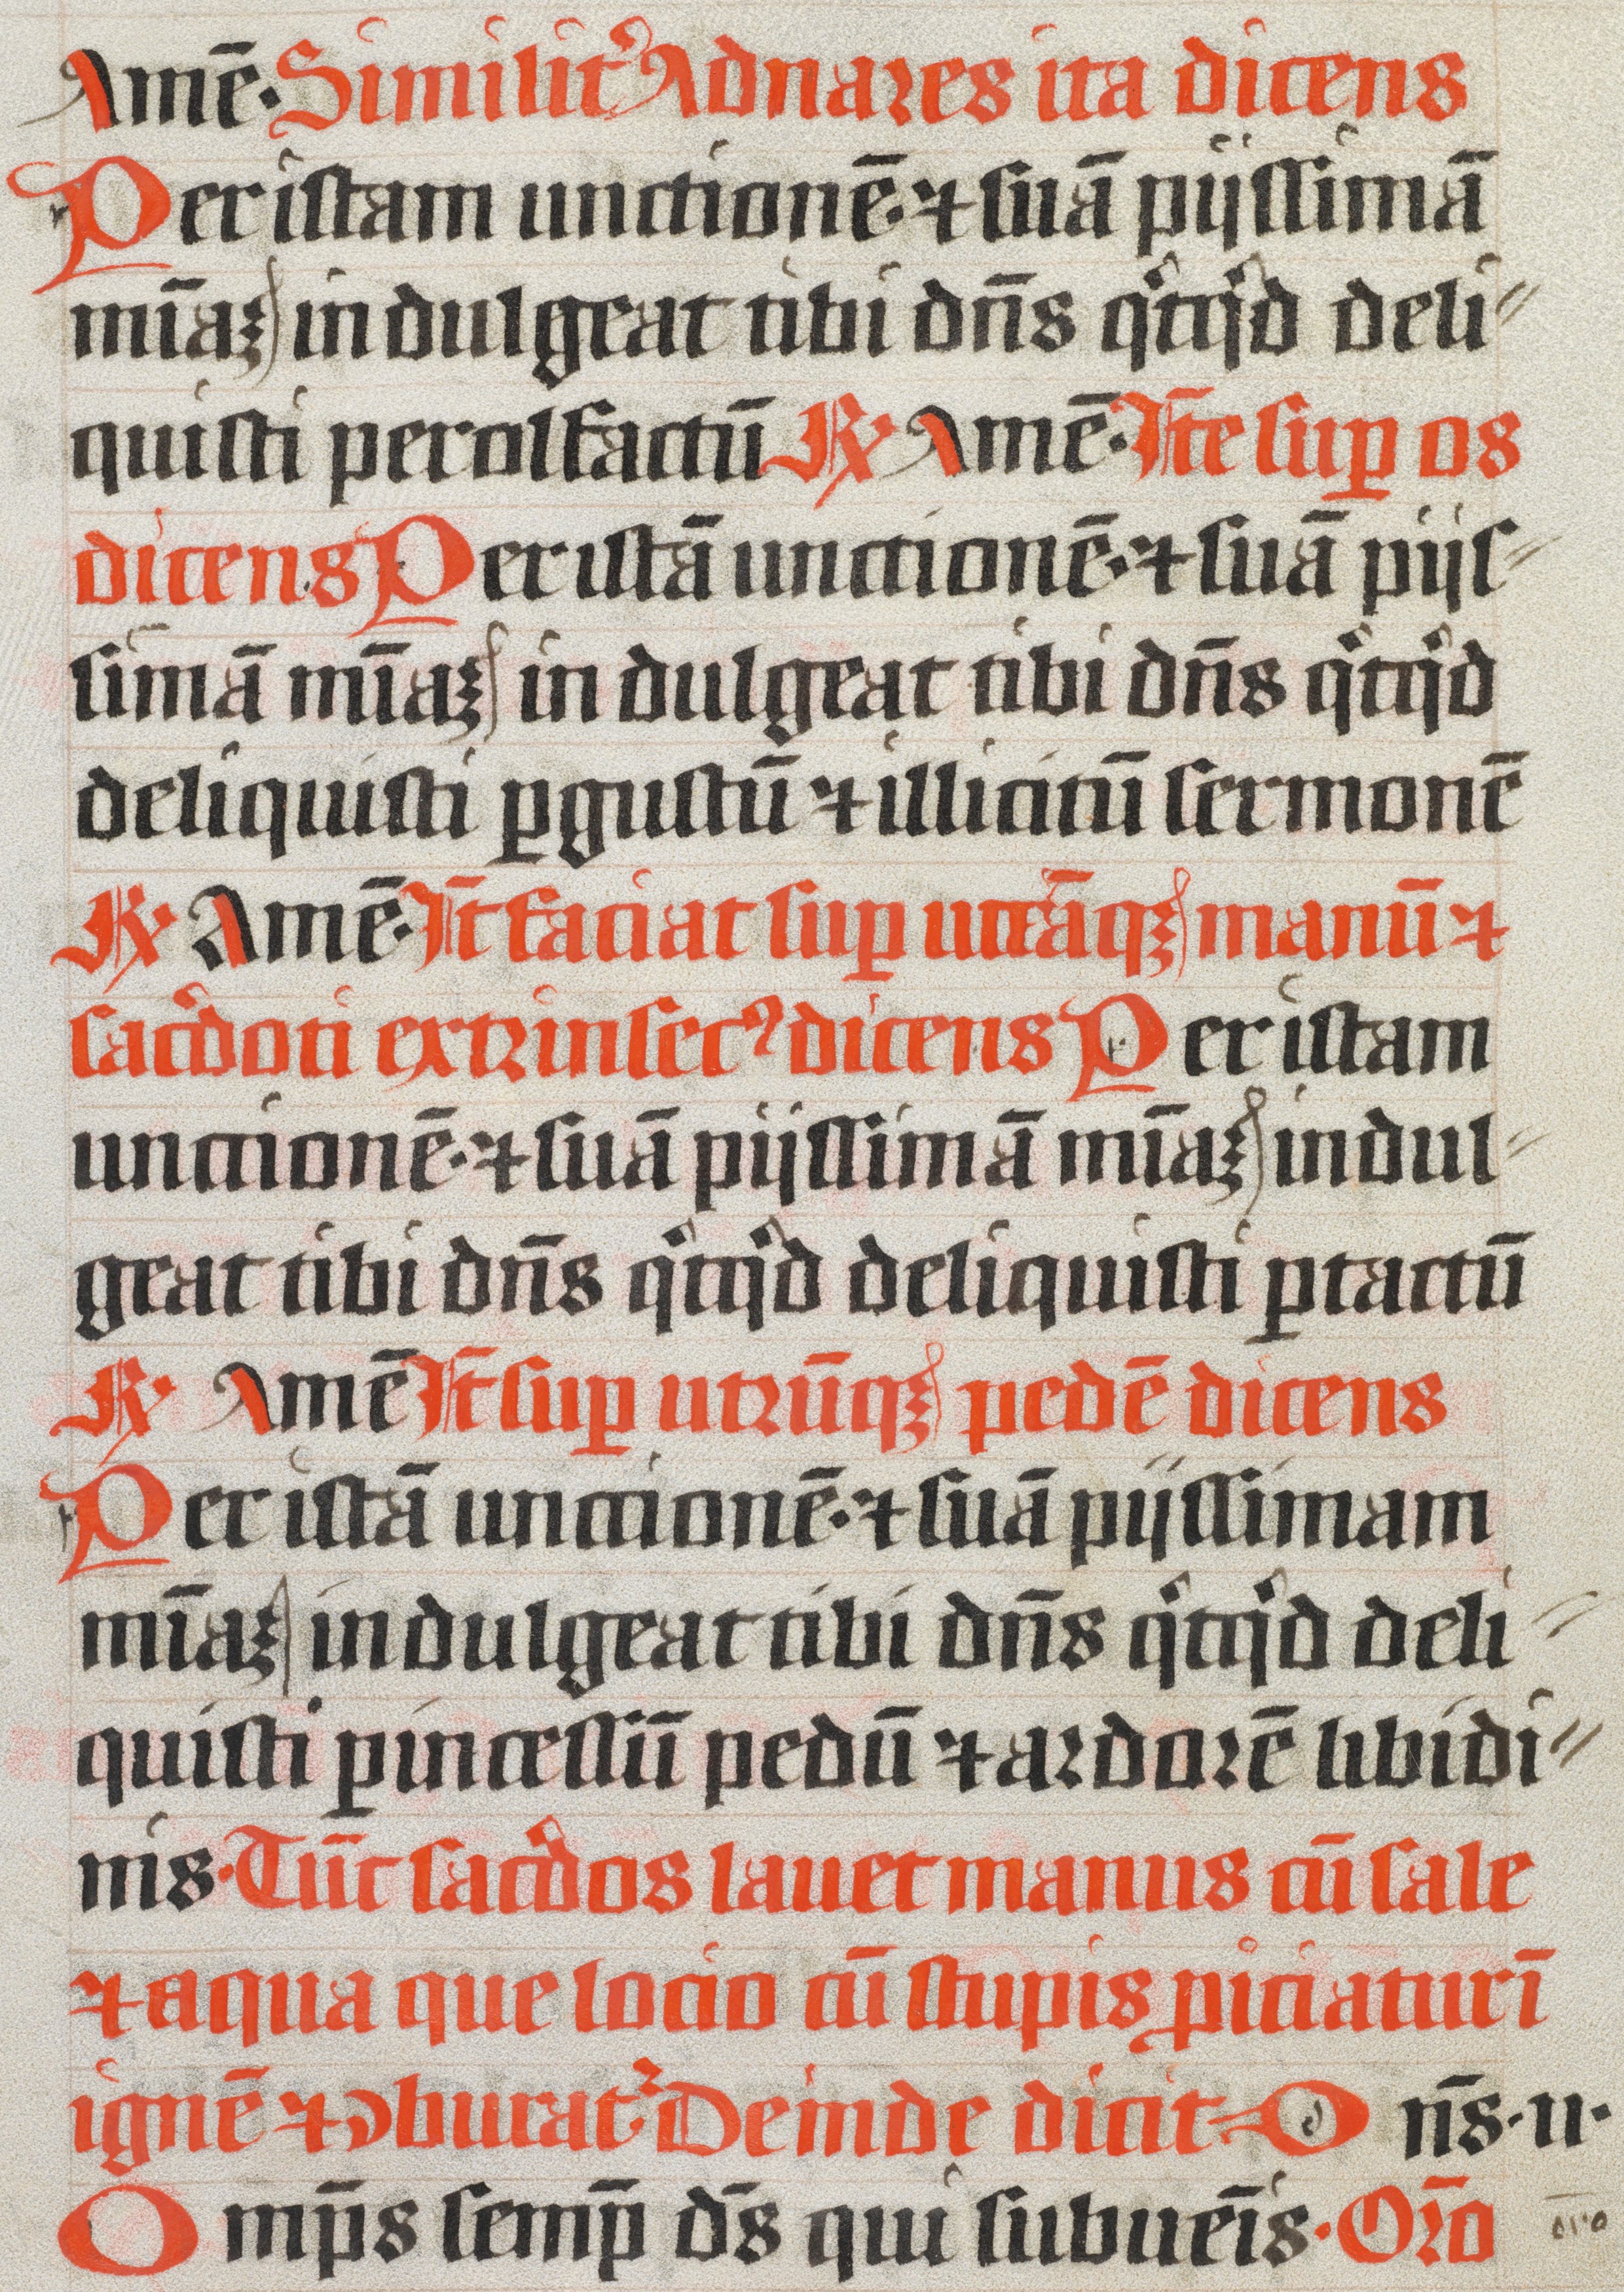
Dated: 1400–1499